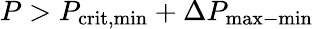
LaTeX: P>P_{\mathrm{crit,min}}+\Delta P_{\mathrm{max-min}}